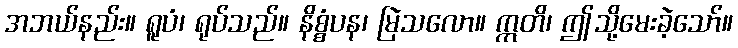
အဘယ်နည်း။ ရူပံ၊ ရုပ်သည်။ နိစ္စံပန၊ မြဲသလော။ ဣတိ၊ ဤသို့မေးခဲ့သော်။